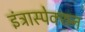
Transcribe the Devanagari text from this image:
इंट्रास्पेक्शन